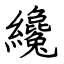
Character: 纔